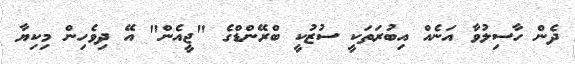
ދެން ހާސިލުވާ އަނެއް އިބުރަތަކީ ސުޒުކީ ބްރޭންޑްގެ "ޖީއެން" އޭ ދިވެހިން މިކިޔާ